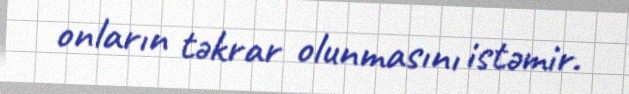
onların təkrar olunmasını istəmir.